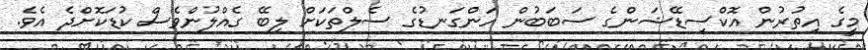
މީގެ އިތުރުން އޮކްސިޑޭޝަންގެ ސަބަބުން ހަންގަނޑުގެ ސެލްތަކަށް ލިބޭ ގެއްލުންވެސް ކުޑަކޮށްދެ އެވެ.